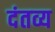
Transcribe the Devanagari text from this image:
दंतव्य